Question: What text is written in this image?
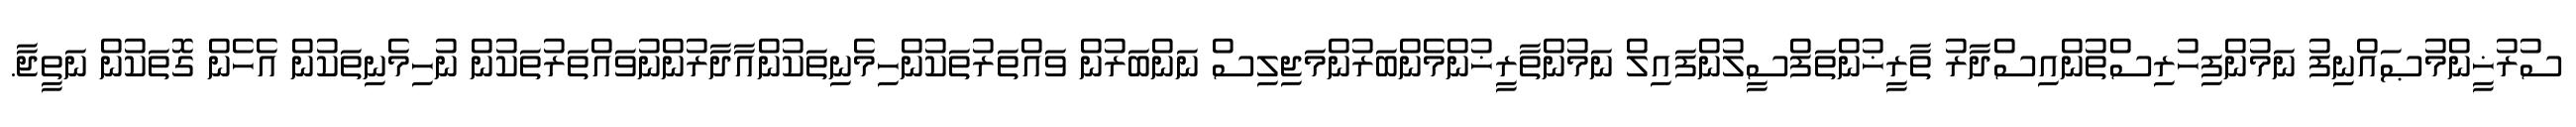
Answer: ސުރުޚީންމުޞައްނިފު ނަމުންފިހުރިސްތުންއިސްދާރު ތާރީޚުންތަފްސީލުންފައިލް ނަމުންތާރީޚުންމެންބަރުންމަޖިލިސް ނަންބަރުން ވައްތަރުތަކުންހިމެނިތަކުންއާދާރުންނުވައްތަރުތަކުން ނުހިމެނިތަކުން އެހެން ގޮތަކުން ނަތީޖާ.